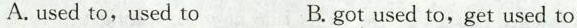
A.used to,used to B.got used to,get used to